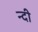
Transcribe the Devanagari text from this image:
न्दी